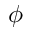
\phi